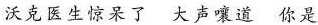
沃克医生惊呆了大声嚷道你是